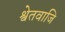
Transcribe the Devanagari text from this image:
श्वेतवाजि